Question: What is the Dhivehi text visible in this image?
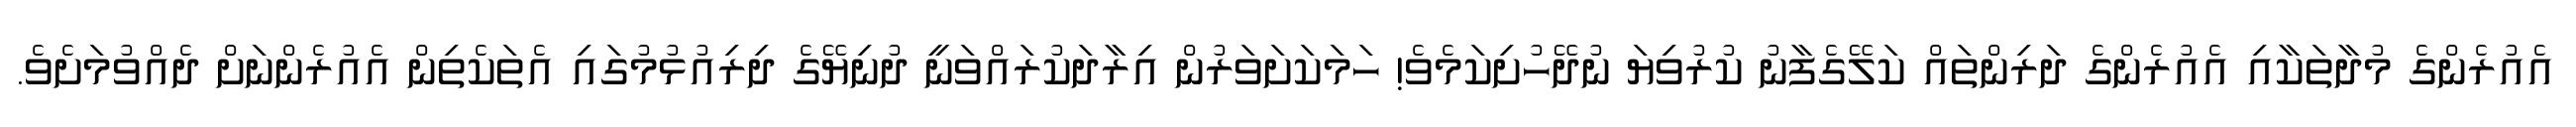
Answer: އެއުރެންގެ މުދާތަކާއި އެއުރެންގެ ދަރިންތައް ކަލޭގެފާނު ކުރުވިޔަ ނުދޭހުށިކަމެވެ! ހަމަކަށަވަރުން އިރާދަކުރައްވަނީ ދުނިޔޭގެ ދިރިއުޅުމުގައި އެތަކެތިން އެއުރެންނަށް ދެއްވުމަށެވެ.